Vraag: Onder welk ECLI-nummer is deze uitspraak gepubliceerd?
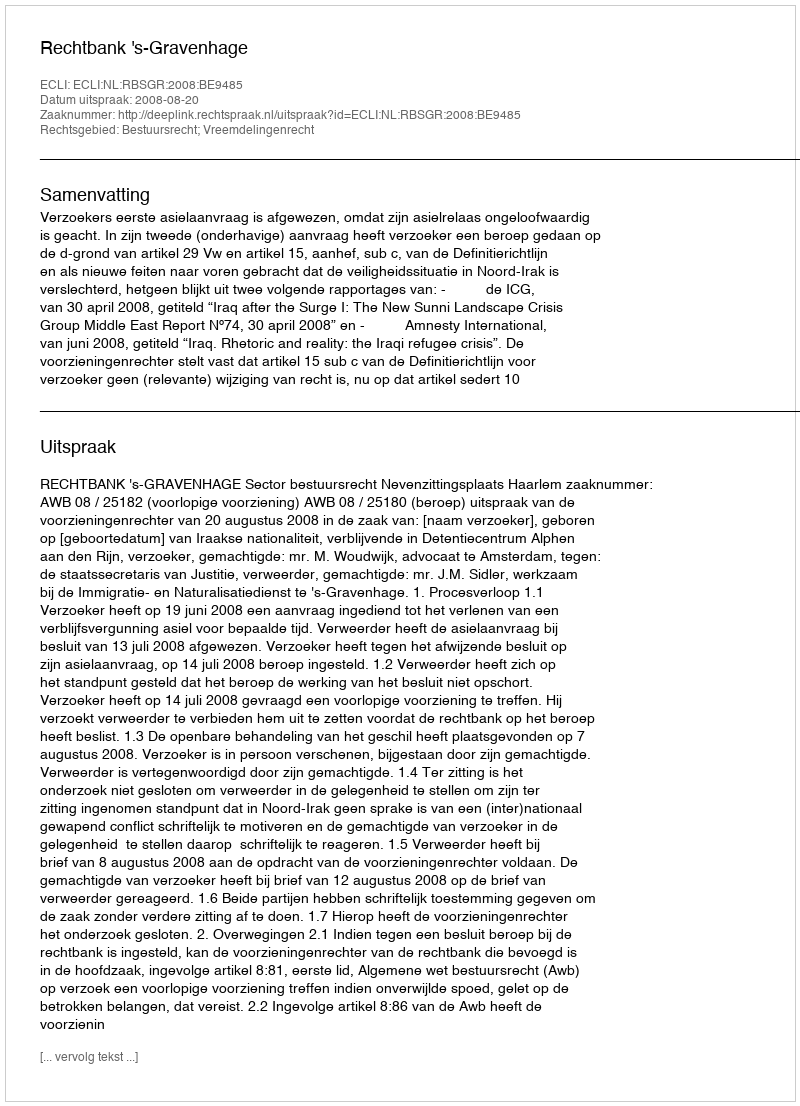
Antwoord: ECLI:NL:RBSGR:2008:BE9485